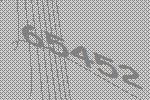
65452